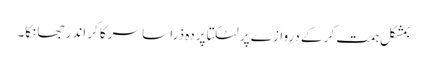
بمشکل ہمت کر کے دروازے پر لٹکتا پردہ ذرا سا سرکا کر اندر جھانکا۔